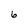
Character: 6